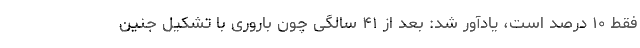
فقط ۱۰ درصد است، یادآور شد: بعد از ۴۱ سالگی چون باروری با تشکیل جنین